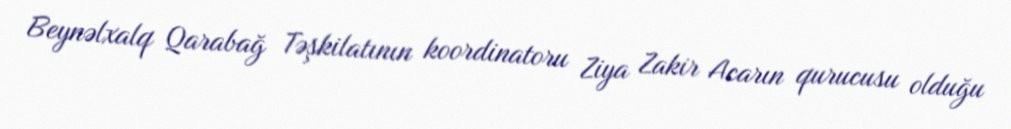
Beynəlxalq Qarabağ Təşkilatının koordinatoru Ziya Zakir Acarın qurucusu olduğu